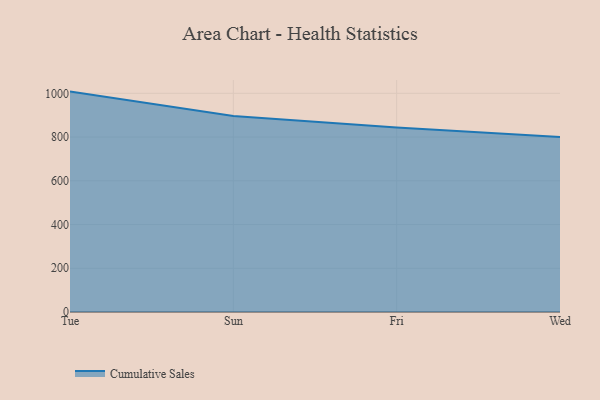
{"axis": {"x": "Day", "y": "Churn Rate (%)"}, "legend": ["Cumulative Sales"], "data": [{"x": "Tue", "y": 1007.8, "type": "Cumulative Sales"}, {"x": "Sun", "y": 895.9, "type": "Cumulative Sales"}, {"x": "Fri", "y": 843.4, "type": "Cumulative Sales"}, {"x": "Wed", "y": 800, "type": "Cumulative Sales"}]}